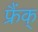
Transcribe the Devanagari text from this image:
फ्रैंक्